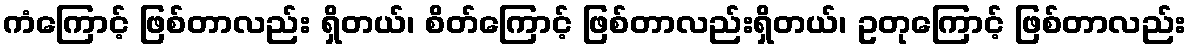
ကံကြောင့် ဖြစ်တာလည်း ရှိတယ်၊ စိတ်ကြောင့် ဖြစ်တာလည်းရှိတယ်၊ ဥတုကြောင့် ဖြစ်တာလည်း